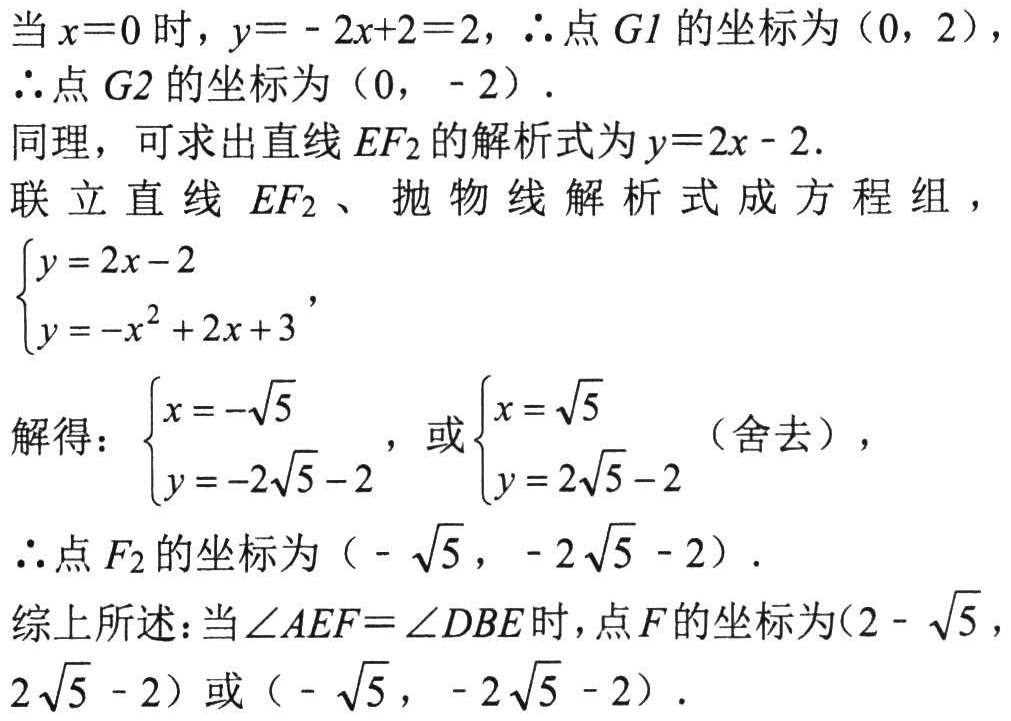
当\(x = 0\)时，\(y=-2x + 2 = 2\)，\(\therefore\)点\(G1\)的坐标为\((0,2)\)，
\(\therefore\)点\(G2\)的坐标为\((0,-2)\)．
同理，可求出直线\(EF_{2}\)的解析式为\(y = 2x-2\)．
联立直线\(EF_{2}\)、抛物线解析式成方程组，
\(\begin{cases}y = 2x - 2\\y=-x^{2}+2x + 3\end{cases}\)，
解得：\(\begin{cases}x=-\sqrt{5}\\y=-2\sqrt{5}-2\end{cases}\)，或\(\begin{cases}x=\sqrt{5}\\y=2\sqrt{5}-2\end{cases}\)（舍去），
\(\therefore\)点\(F_{2}\)的坐标为\((-\sqrt{5},-2\sqrt{5}-2)\)．
综上所述：当\(\angle AEF=\angle DBE\)时，点\(F\)的坐标为\((2-\sqrt{5},2\sqrt{5}-2)\)或\((-\sqrt{5},-2\sqrt{5}-2)\)．